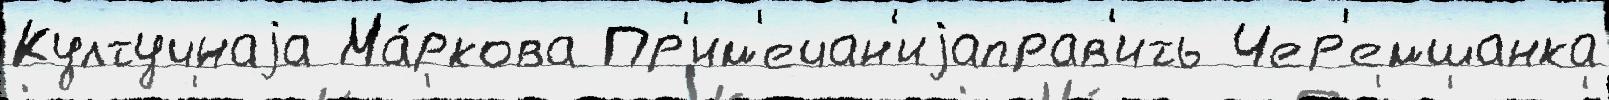
Култучнаjа Ма́ркова Пр'им'ечан'иjаправ'ить Чер'емшанка